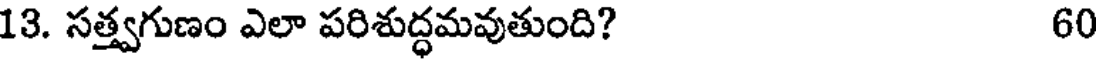
13. సత్త్వగుణం ఎలా పరిశుద్ధమవుతుంది? 60